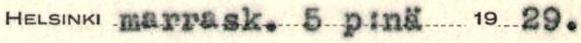
HELSINKI marrask. 5 p:nä 19 29.